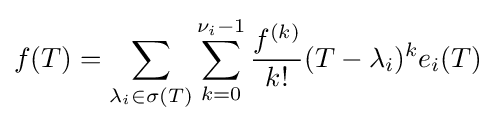
f(T)=\sum _{\lambda _{i}\in \sigma (T)}\sum _{k=0}^{\nu _{i}-1}{\frac {f^{(k)}}{k!}}(T-\lambda _{i})^{k}e_{i}(T)